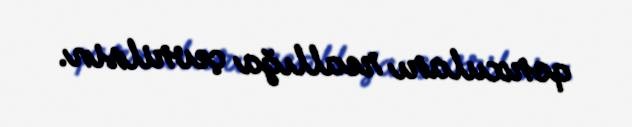
qorxuları reallığa çevrilsin.